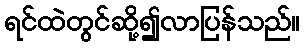
ရင်ထဲတွင်ဆို့၍လာပြန်သည်။